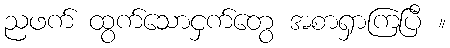
ညဖက် ထွက်သောငှက်တွေ အစာရှာကြပြီ ။